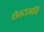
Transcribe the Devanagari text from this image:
रोस्टामनि